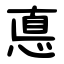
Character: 悳